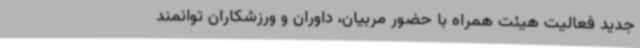
جدید فعالیت هیئت همراه با حضور مربیان، داوران و ورزشکاران توانمند